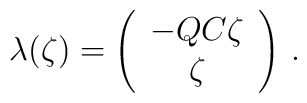
\lambda (\zeta ) = \left( \begin{array}{c} -QC\zeta\\ \zeta \end{array} \right) \, .